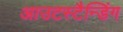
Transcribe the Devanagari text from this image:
आउटस्टैन्डिंग